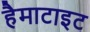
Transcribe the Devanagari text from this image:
हैमाटाइट